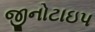
જીનોટાઇપ